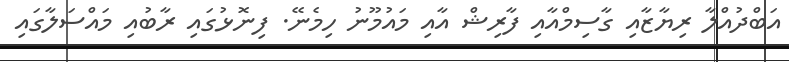
އަބްދުއްލާ ރިޔާޒާއި ގާސިމްއާއި ފާރިޝް އާއި މައުމޫނު ހިމެނޭ. ފިނޮޅުގައި ރާބުއި މައްސަލާގައި